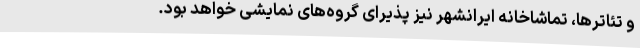
و تئاترها، تماشاخانه ایرانشهر نیز پذیرای گروه‌های نمایشی خواهد بود.